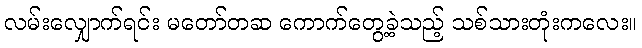
လမ်းလျှောက်ရင်း မတော်တဆ ကောက်တွေ့ခဲ့သည့် သစ်သားတုံးကလေး။